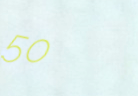
50%